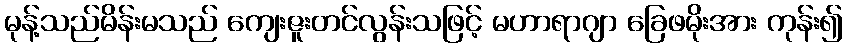
မုန့်သည်မိန်းမသည် ကျေးဇူးတင်လွန်းသဖြင့် မဟာရာဂျာ ခြေဖမိုးအား ကုန်း၍